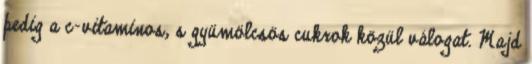
pedig a c-vitaminos, s gyümölcsös cukrok közül válogat. Majd